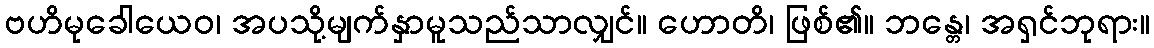
ဗဟိမုခေါယေဝ၊ အပသို့မျက်နှာမူသည်သာလျှင်။ ဟောတိ၊ ဖြစ်၏။ ဘန္တေ၊ အရှင်ဘုရား။